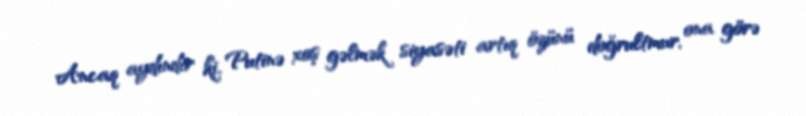
Ancaq aydındır ki, Putinə xoş gəlmək siyasəti artıq özünü doğrultmur, ona görə